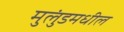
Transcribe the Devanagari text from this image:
मुलुंडमधील